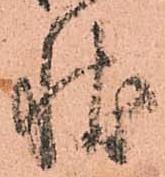
状